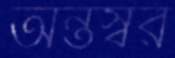
অন্তস্বর